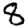
Digit: 8